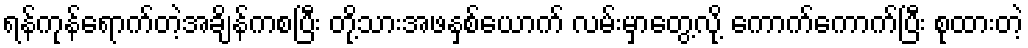
ရန်ကုန်ရောက်တဲ့အချိန်ကစပြီး တို့သားအဖနှစ်ယောက် လမ်းမှာတွေ့လို့ ကောက်ကောက်ပြီး စုထားတဲ့